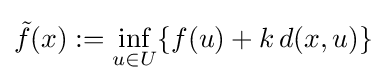
{\tilde {f}}(x):=\inf _{u\in U}\{f(u)+k\,d(x,u)\}